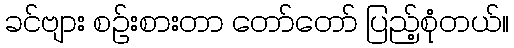
ခင်ဗျား စဉ်းစားတာ တော်တော် ပြည့်စုံတယ်။